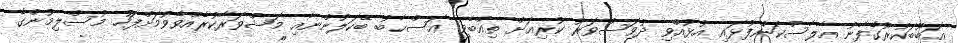
އަބޫބަކުރުގެފާނު އާލާސްކަންފުޅައި އުޅުއްވި ދުވަސްވަރު ކުރިއަށް ތިއްބެވި ޢަޞްޙާބު ބޭކަލުންނާއި މަޝްވަރާކުރެއްވެވުމަށްފަހު މުސްލިމުންގެ